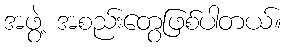
အဖွဲ့ အစည်းတွေဖြစ်ပါတယ်။